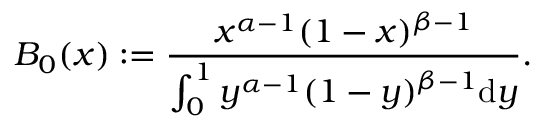
B _ { 0 } ( x ) : = \frac { x ^ { \alpha - 1 } ( 1 - x ) ^ { \beta - 1 } } { \int _ { 0 } ^ { 1 } y ^ { \alpha - 1 } ( 1 - y ) ^ { \beta - 1 } { \mathrm { d } } y } .